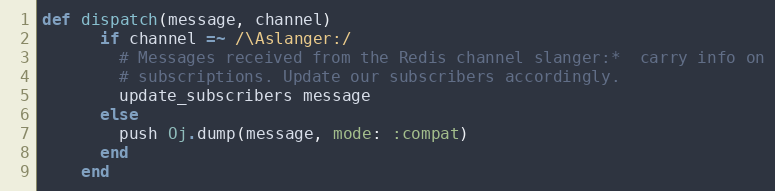
Language: Ruby
def dispatch(message, channel)
      if channel =~ /\Aslanger:/
        # Messages received from the Redis channel slanger:*  carry info on
        # subscriptions. Update our subscribers accordingly.
        update_subscribers message
      else
        push Oj.dump(message, mode: :compat)
      end
    end